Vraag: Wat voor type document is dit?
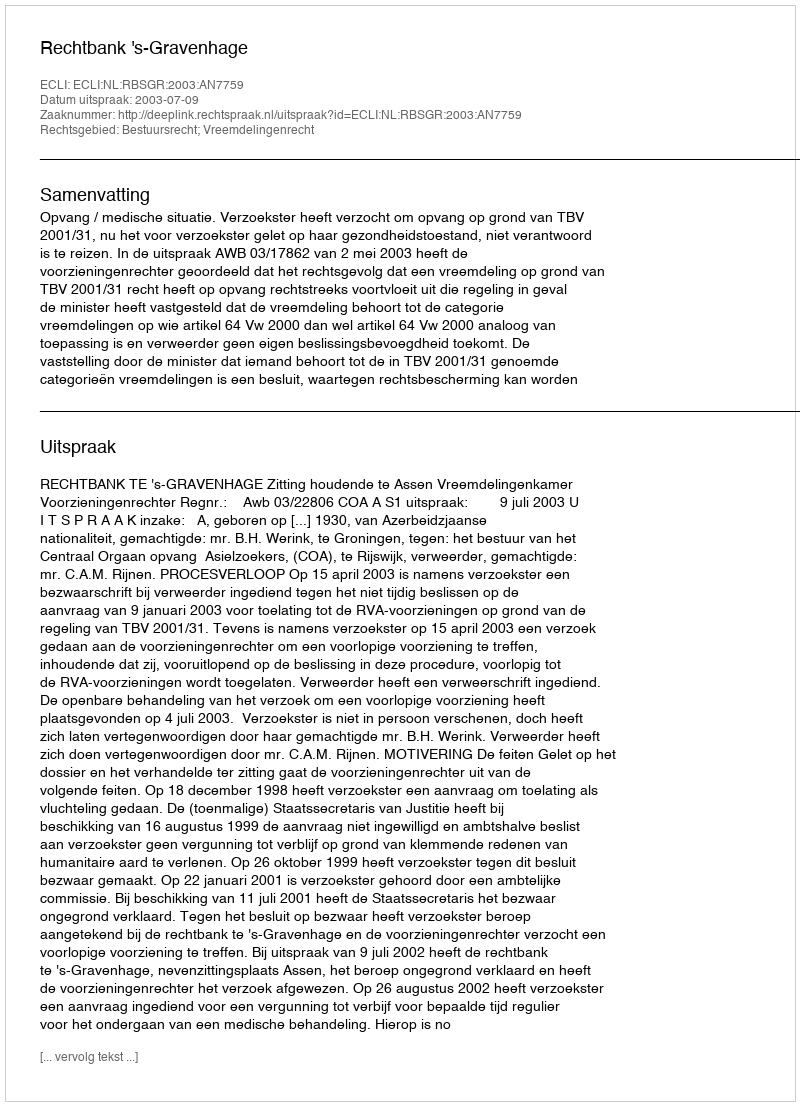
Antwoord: Uitspraak